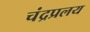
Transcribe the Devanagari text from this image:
चंद्रप्रलय